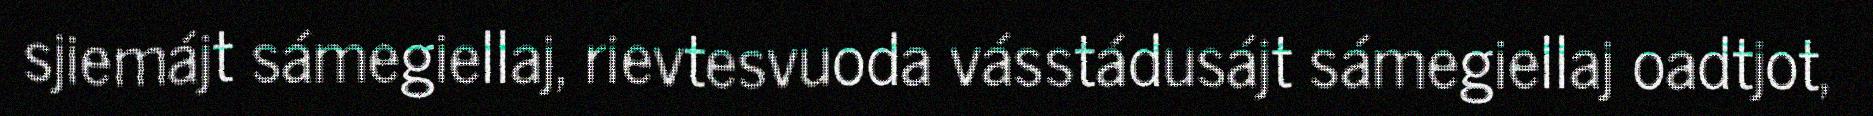
sjiemájt sámegiellaj, rievtesvuoda vásstádusájt sámegiellaj oadtjot,